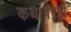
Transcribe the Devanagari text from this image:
कथांवरही